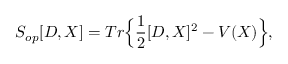
S _ { o p } [ D , X ] = T r \Big \{ \frac { 1 } { 2 } [ D , X ] ^ { 2 } - V ( X ) \Big \} ,